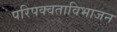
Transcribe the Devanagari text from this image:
परिपक्वताविभाजन